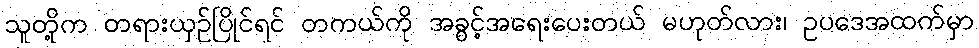
သူတို့က တရားယှဉ်ပြိုင်ရင် တကယ်ကို အခွင့်အရေးပေးတယ် မဟုတ်လား၊ ဥပဒေအထက်မှာ